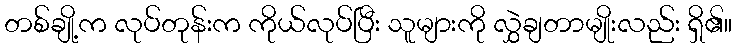
တစ်ချို့က လုပ်တုန်းက ကိုယ်လုပ်ပြီး သူများကို လွှဲချတာမျိုးလည်း ရှိ၏။